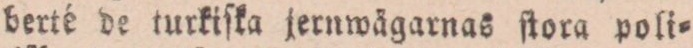
berté de turkiſka jernwägarnas ſtora poli=